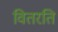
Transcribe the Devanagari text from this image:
वितरति